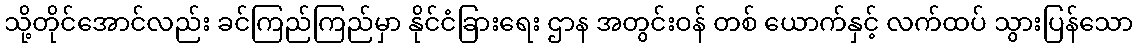
သို့တိုင်အောင်လည်း ခင်ကြည်ကြည်မှာ နိုင်ငံခြားရေး ဌာန အတွင်းဝန် တစ် ယောက်နှင့် လက်ထပ် သွားပြန်သော